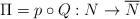
LaTeX: \begin{align*}\Pi =p\circ Q:N\to \overline N\end{align*}